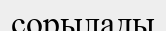
сорылады